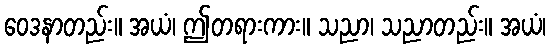
ဝေဒနာတည်း။ အယံ၊ ဤတရားကား။ သညာ၊ သညာတည်း။ အယံ၊